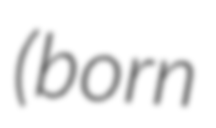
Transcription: (born